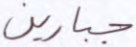
جبارين